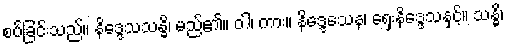
စပ်ခြင်းသည်။ နိဒ္ဒေသသန္ဓိ၊ မည်၏။ ဝါ၊ ကား။ နိဒ္ဒေသေန၊ ရှေးနိဒ္ဒေသနှင့်။ သန္ဓိ၊